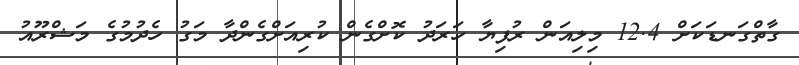
ގާތްގަނޑަކަށް 12.4 މިލިއަން ރުފިޔާ ހަރަދު ކޮށްގެން ކުރިއަށްގެންދާ މަގު ހެދުމުގެ މަޝްރޫއު